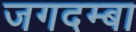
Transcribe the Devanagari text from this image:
जगदम्‍बा